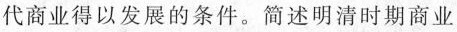
代商业得以发展的条件。简述明清时期商业